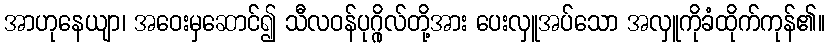
အာဟုနေယျာ၊ အဝေးမှဆောင်၍ သီလဝန်ပုဂ္ဂိုလ်တို့အား ပေးလှူအပ်သော အလှူကိုခံထိုက်ကုန်၏။